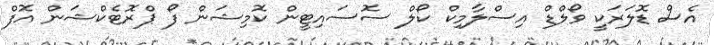
އެސް ޑޮލަރަކީ ވޯލްޑް އިސްލާމިކް ކޯލް ސޮސައިޓީން ކޮމިޝަން ފޯ ޕްރޮޓެކްޝަން އޮފް